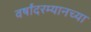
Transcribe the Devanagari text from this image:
वर्षांदरम्यानच्या